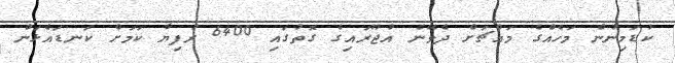
ކުޑަމިނުން މަހެއްގެ މައްޗަށް ދެވޭނެ އުޖޫރައިގެ ގޮތުގައި 6400 ރުފިޔާ ކަމަށް ކަނޑައެޅަން